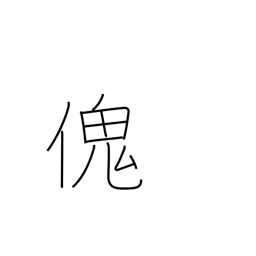
Meaning: large